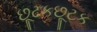
છૂટકછૂટક